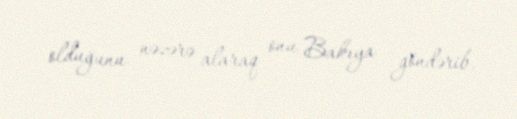
olduğunu nəzərə alaraq onu Bakıya göndərib.